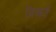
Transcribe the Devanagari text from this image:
दिखतें